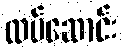
ထပ်ဆောင်း